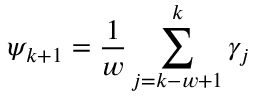
\displaystyle { \psi _ { k + 1 } = \frac { 1 } { w } \sum _ { j = k - w + 1 } ^ { k } \gamma _ { j } }